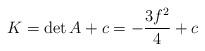
LaTeX: \begin{align*}K=\det A+c=-\frac{3f^2}{4}+c\end{align*}